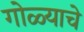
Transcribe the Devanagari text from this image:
गोळ्याचे